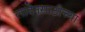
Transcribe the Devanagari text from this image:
लादेनसाठीच्या